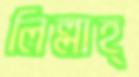
লিল্লাহ্